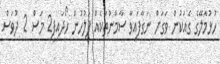
ހުޅުމާލޭގެ ގެއަކުން ވަގަށް ނަގާފައިވާ ސާމާނުތަކެއް ފުލުހުން ހޯދައިފި2 މަސް 2 ދުވަސް